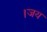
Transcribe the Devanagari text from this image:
।जय